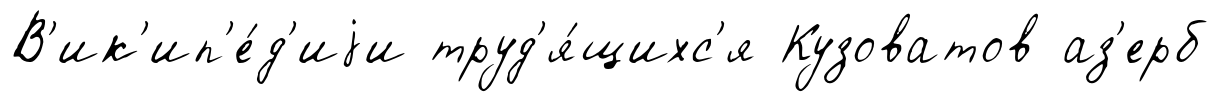
В'ик'ип'е́д'иjи труд'я́щихс'я Кузоватов аз'ерб